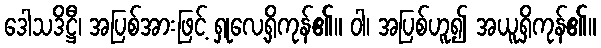
ဒေါသဒိဋ္ဌီ၊ အပြစ်အားဖြင့် ရှုလေ့ရှိကုန်၏။ ဝါ၊ အပြစ်ဟူ၍ အယူရှိကုန်၏။